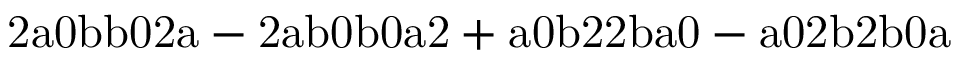
\mathrm { 2 a 0 b b 0 2 a - 2 a b 0 b 0 a 2 + a 0 b 2 2 b a 0 - a 0 2 b 2 b 0 a }